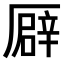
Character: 𠪮